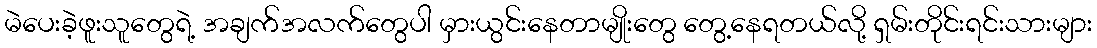
မဲပေးခဲ့ဖူးသူတွေရဲ့ အချက်အလက်တွေပါ မှားယွင်းနေတာမျိုးတွေ တွေ့နေရတယ်လို့ ရှမ်းတိုင်းရင်းသားများ